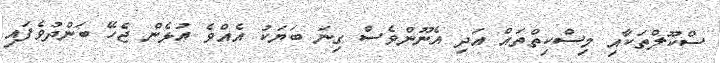
ސްކޫލްތަކާއި މިސްކިތްތައް އަދި އެނޫންވެސް ގިނަ ބަޔަކު އެއްވެ އުޅެން ޖެހޭ ބަންދުވެފައި